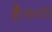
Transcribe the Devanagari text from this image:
है।२०११